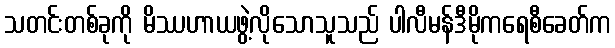
သတင်းတစ်ခုကို မိဿဟာယဖွဲ့လိုသောသူသည် ပါလီမန်ဒီမိုကရေစီခေတ်က